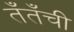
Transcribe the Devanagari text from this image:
तँतँची